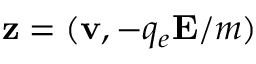
\mathbf { z } = ( \mathbf { v } , - q _ { e } \mathbf { E } / m )